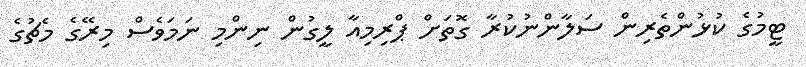
ޓީމުގެ ކުޅުންތެރިން ސަލާންނުކުރާ ގޮތަށް ޕްރިމިއާ ލީގުން ނިންމި ނަމަވެސް މިރޭގެ މެޗުގެ